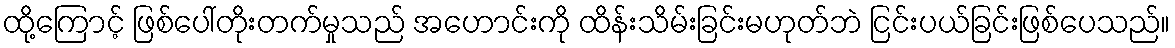
ထို့ကြောင့် ဖြစ်ပေါ်တိုးတက်မှုသည် အဟောင်းကို ထိန်းသိမ်းခြင်းမဟုတ်ဘဲ ငြင်းပယ်ခြင်းဖြစ်ပေသည်။